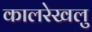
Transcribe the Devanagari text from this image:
कालरेखलु